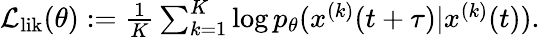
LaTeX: \begin{array}{r}{\textstyle\mathcal{L}_{\mathrm{lik}}(\theta):=\frac{1}{K}\sum_{k=1}^{K}\log p_{\theta}(x^{(k)}(t+\tau)|x^{(k)}(t)).}\end{array}